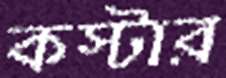
কস্টার